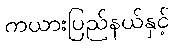
ကယားပြည်နယ်နှင့်